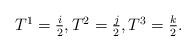
LaTeX: \begin{align*}\mbox{$T^1 = \frac{i}{2}$}, \mbox{$T^2 = \frac{j}{2}$}, \mbox{$T^3 = \frac{k}{2}$}.\end{align*}